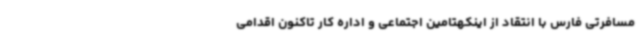
مسافرتی فارس با انتقاد از اینکهتامین اجتماعی و اداره کار تاکنون اقدامی